65_HS1-834228961_62-HQ-83894_Section_10
Agency: FBI
Page 58
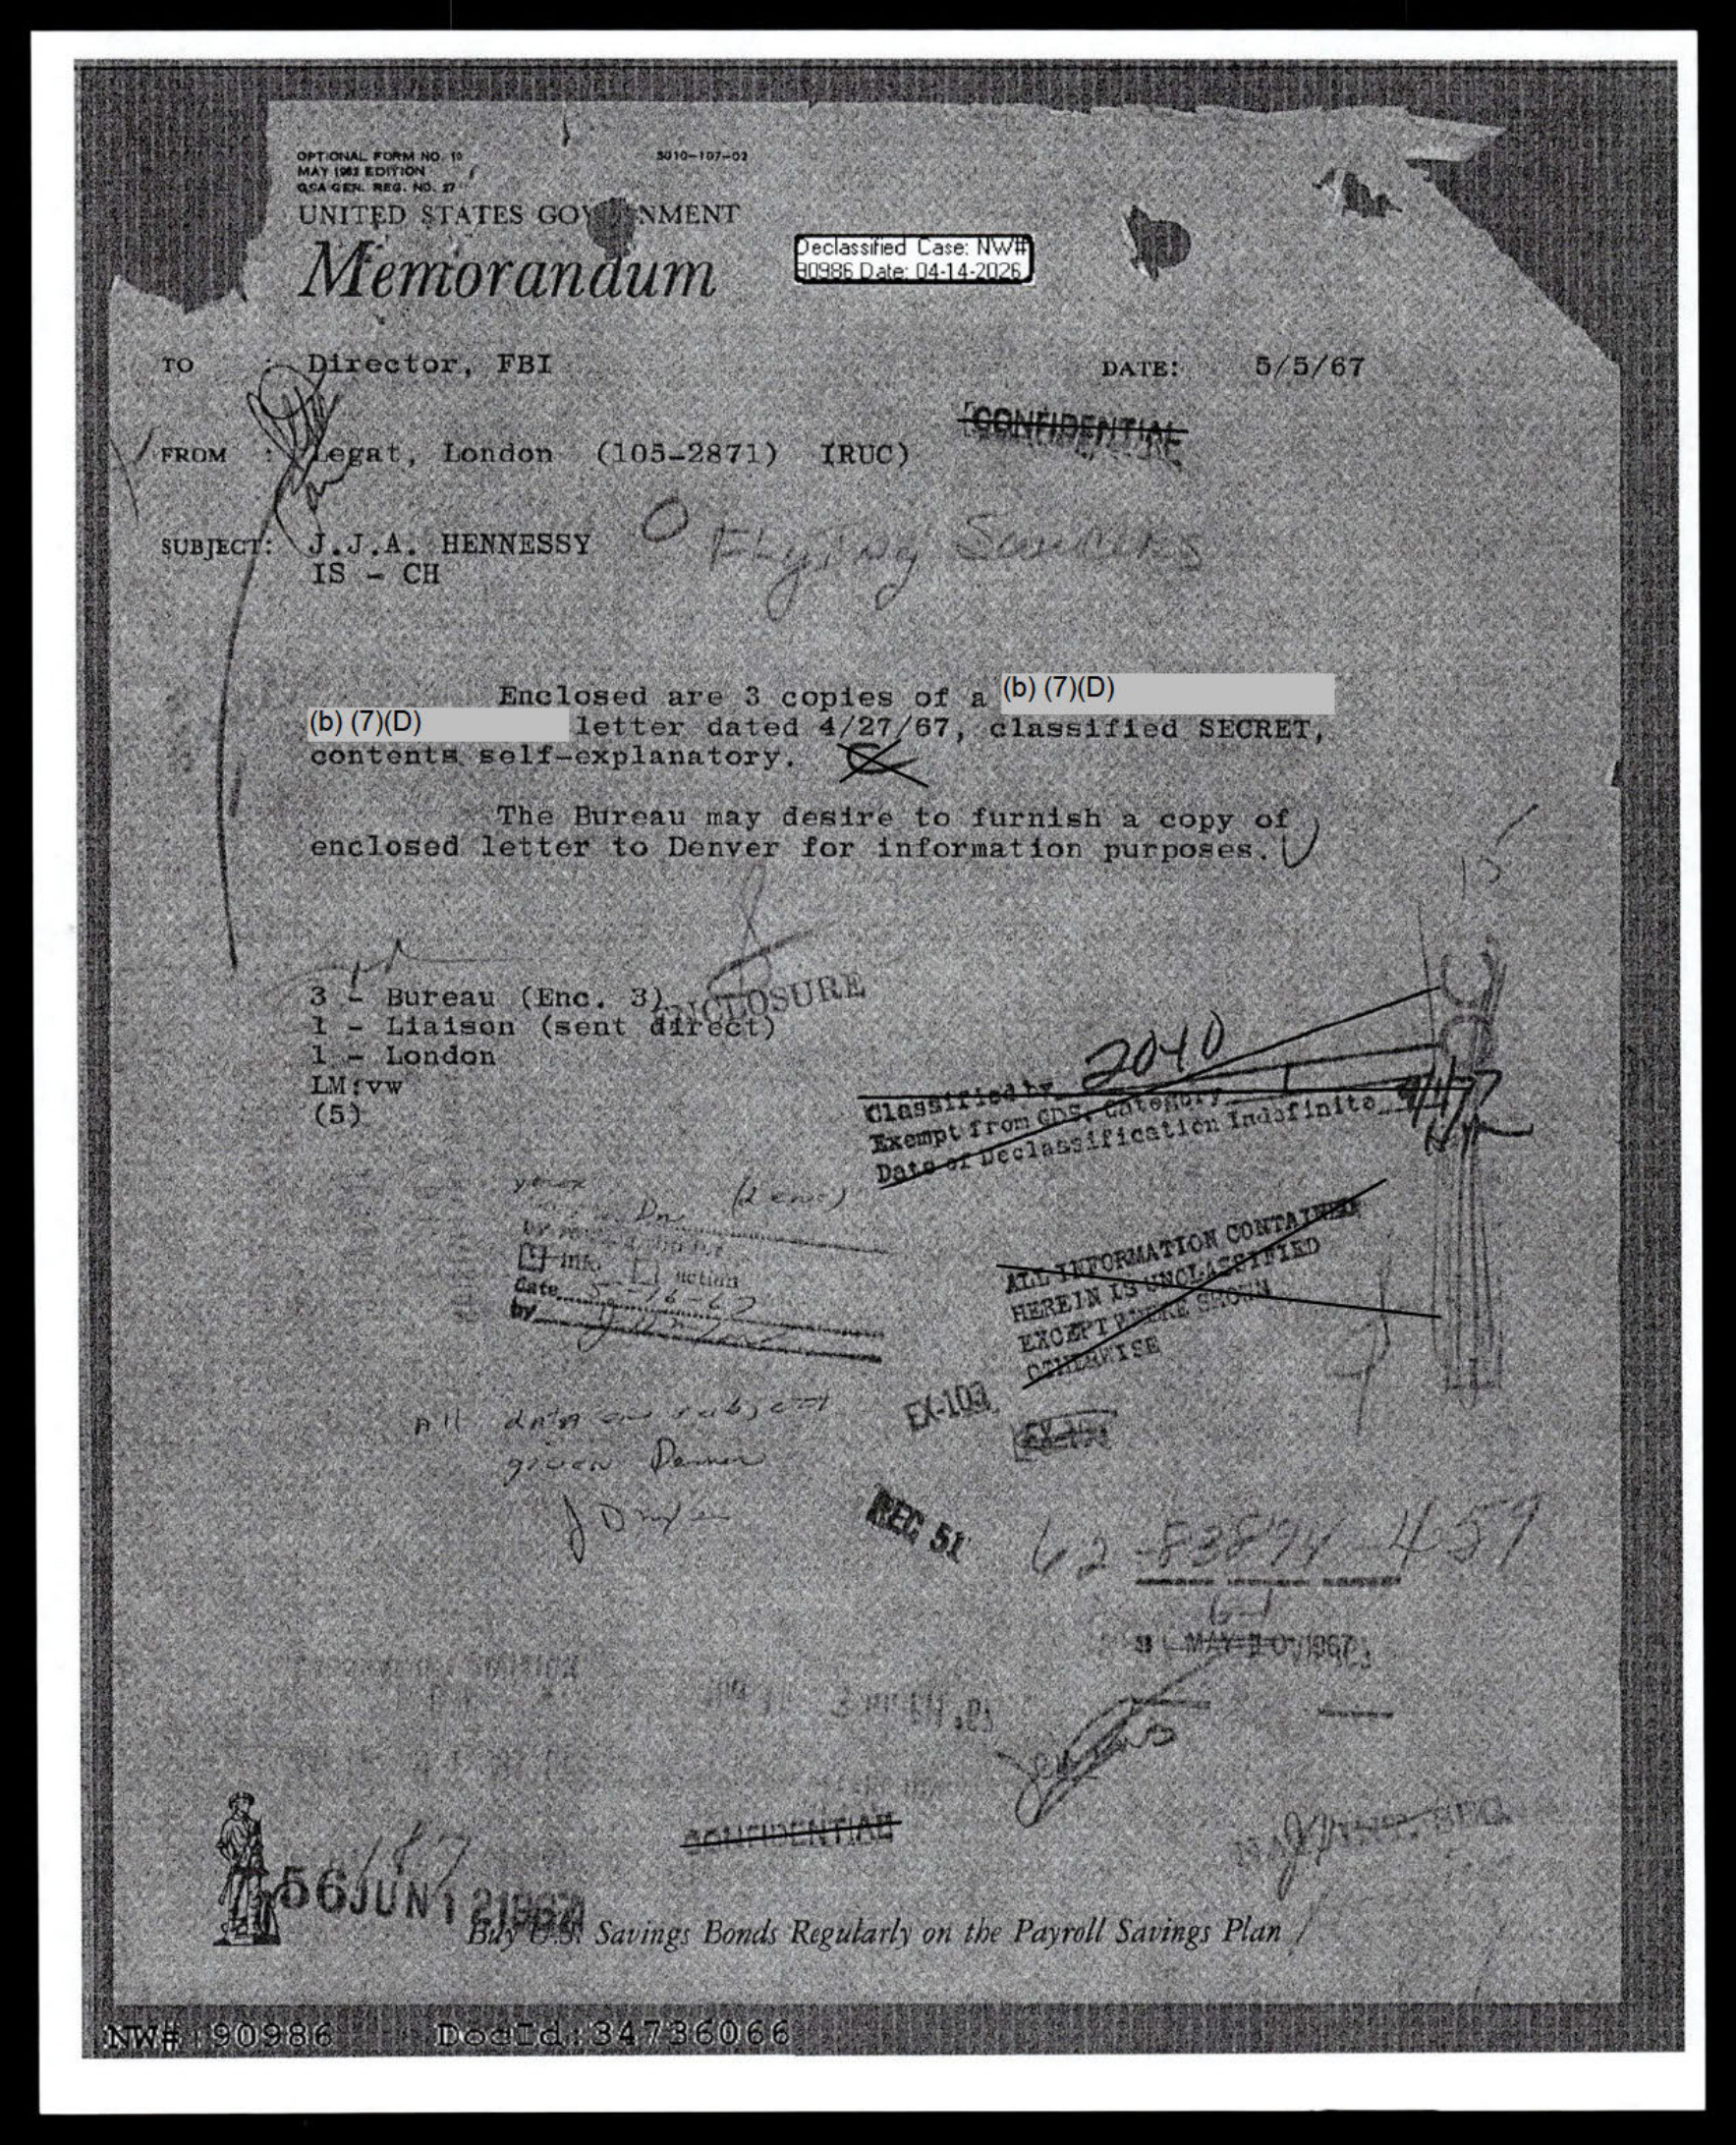